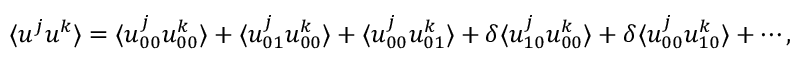
\langle { u ^ { j } u ^ { k } } \rangle = \langle { u _ { 0 0 } ^ { j } u _ { 0 0 } ^ { k } } \rangle + \langle { u _ { 0 1 } ^ { j } u _ { 0 0 } ^ { k } } \rangle + \langle { u _ { 0 0 } ^ { j } u _ { 0 1 } ^ { k } } \rangle + \delta \langle { u _ { 1 0 } ^ { j } u _ { 0 0 } ^ { k } } \rangle + \delta \langle { u _ { 0 0 } ^ { j } u _ { 1 0 } ^ { k } } \rangle + \cdots ,